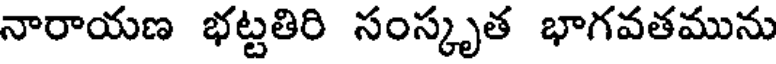
నారాయణ భట్టతిరి సంస్కృత భాగవతమును